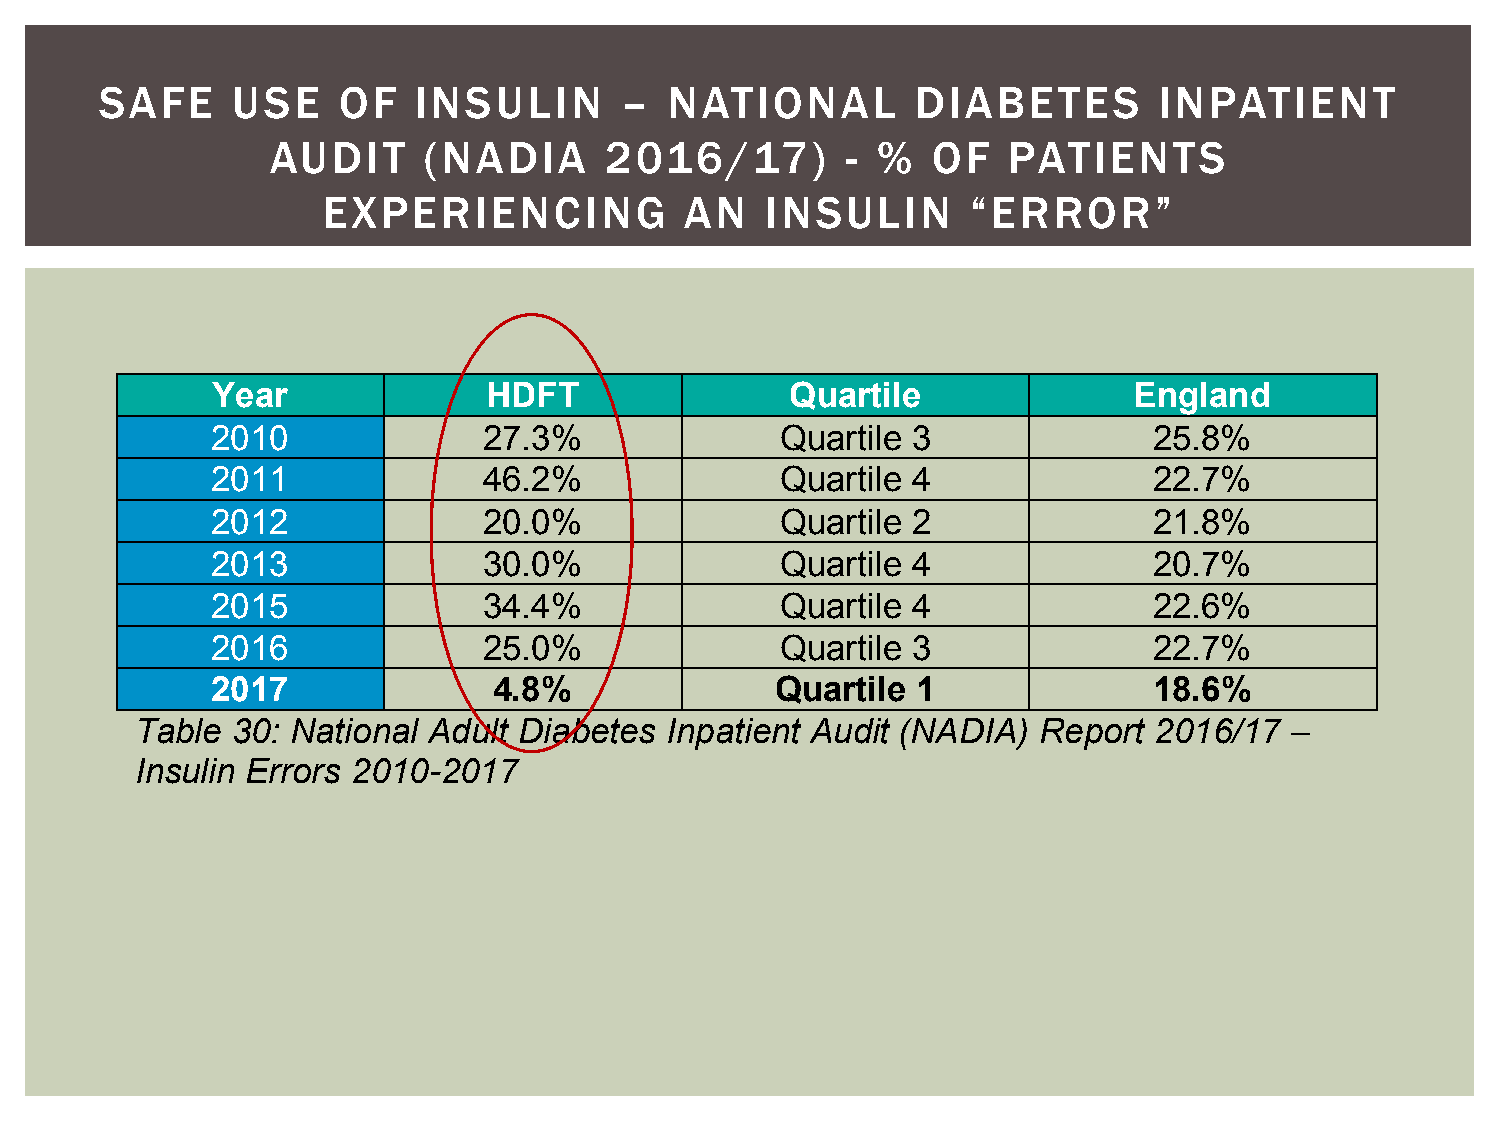
SAFE    USE    OF    INSULIN      –  NATIONAL         DIABETES        INPATIENT
 AUDIT     (NADIA      2016/17)        - %   OF   PATIENTS
 EXPERIENCING            AN    INSULIN      “ERROR”
 Year              HDFT                Quartile               England
 2010              27.3%               Quartile 3              25.8%
 2011              46.2%               Quartile 4              22.7%
 2012              20.0%               Quartile 2              21.8%
 2013              30.0%               Quartile 4              20.7%
 2015              34.4%               Quartile 4              22.6%
 2016              25.0%               Quartile 3              22.7%
 2017               4.8%              Quartile  1              18.6%
 Table 30: National Adult Diabetes  Inpatient Audit (NADIA)  Report 2016/17   –
 Insulin Errors 2010-2017